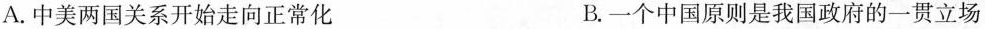
A.中美两国关系开始走向正常化 B.一个中国原则是我国政府的一贯立场